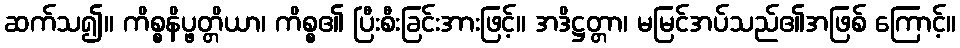
ဆက်သ၍။ ကိစ္စနိပ္ဖတ္တိယာ၊ ကိစ္စ၏ ပြီးစီးခြင်းအားဖြင့်။ အဒိဋ္ဌတ္တာ၊ မမြင်အပ်သည်၏အဖြစ် ကြောင့်။